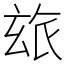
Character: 玈